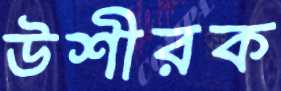
উশীরক